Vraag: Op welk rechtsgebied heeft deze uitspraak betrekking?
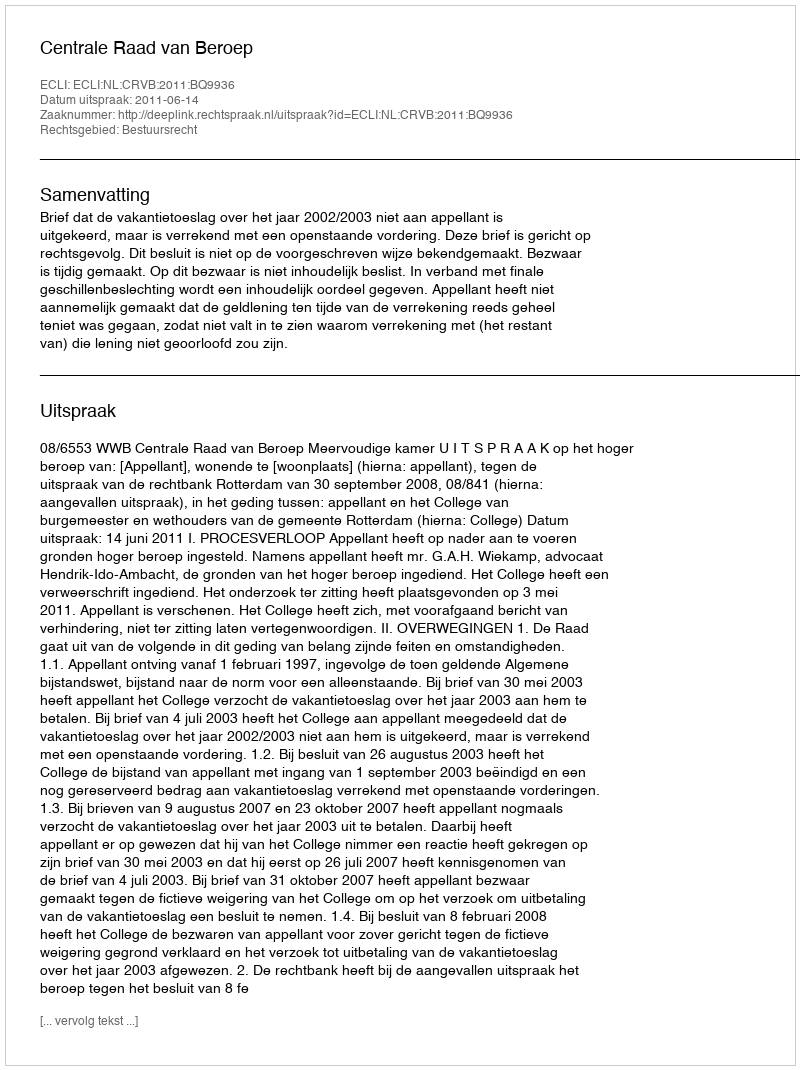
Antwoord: Bestuursrecht